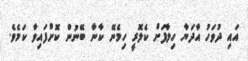
އައި ދުވަހު އާދަޔާ ހިލާފަށް ކެލޮރީ ހިމެނޭ ކާނާ ބޭނުން ކޮށްފައިވާ ކަމެވެ.